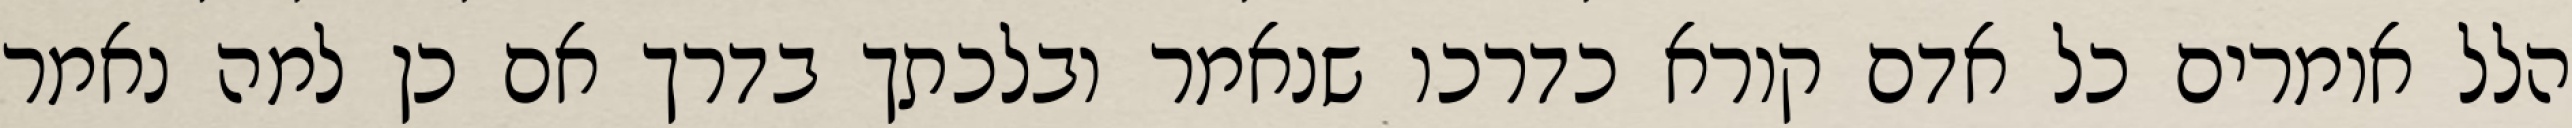
הלל אומרים כל אדם קורא כדרכו שנאמר ובלכתך בדרך אם כן למה נאמר